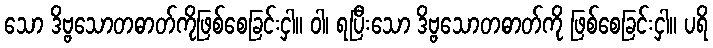
သော ဒိဗ္ဗသောတဓာတ်ကိုဖြစ်စေခြင်းငှါ။ ဝါ၊ ရပြီးသော ဒိဗ္ဗသောတဓာတ်ကို ဖြစ်စေခြင်းငှါ။ ပရိ